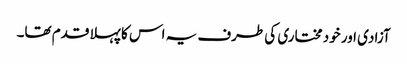
آزادی اور خود مختاری کی طرف یہ اس کا پہلا قدم تھا۔